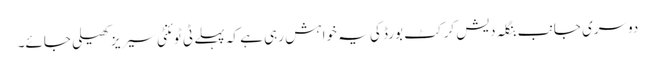
دوسری جانب بنگلہ دیش کرکٹ بورڈ کی یہ خواہش رہی ہے کہ پہلے ٹی ٹوئنٹی سیریز کھیلی جائے۔